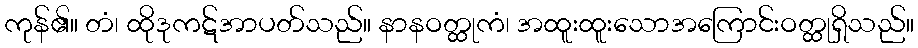
ကုန်၏။ တံ၊ ထိုဒုကဋ်အာပတ်သည်။ နာနဝတ္ထုကံ၊ အထူးထူးသောအကြောင်းဝတ္ထုရှိသည်။